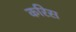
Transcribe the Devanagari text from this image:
करिस